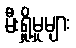
မီးရှို့မှုများ